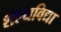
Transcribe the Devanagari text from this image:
शल्यविद्या